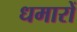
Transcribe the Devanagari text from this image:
धमारों